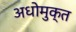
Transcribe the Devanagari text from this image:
अधोमुक्त